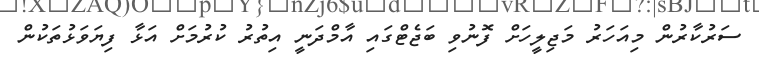
ސަރުކާރުން މިއަހަރު މަޖިލީހަށް ފޮނުވި ބަޖެޓްގައި އާމްދަނީ އިތުރު ކުރުމަށް އަޅާ ފިޔަވަޅުތަކުން